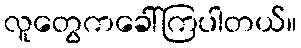
လူတွေကခေါ်ကြပါတယ်။